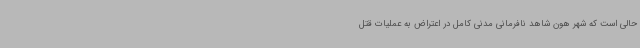
حالی است که شهر هون شاهد نافرمانی مدنی کامل در اعتراض به عملیات قتل